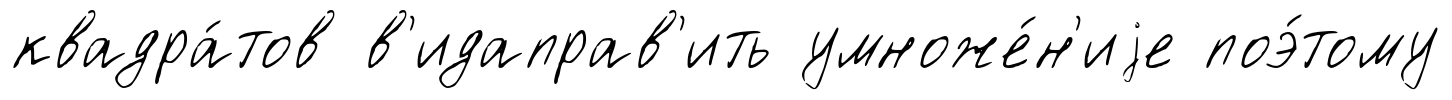
квадра́тов в'идаправ'ить умноже́н'иjе поэ́тому